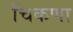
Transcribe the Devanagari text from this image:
चिकणा